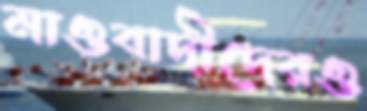
মাওবাদীদেরও